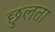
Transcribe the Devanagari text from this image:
छुलता